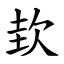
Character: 㰪